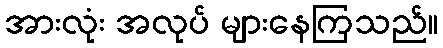
အားလုံး အလုပ် များနေကြသည်။